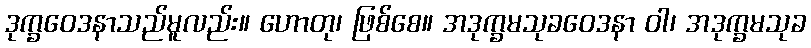
ဒုက္ခဝေဒနာသည်မူလည်း။ ဟောတု၊ ဖြစ်စေ။ အဒုက္ခမသုခဝေဒနာ ဝါ၊ အဒုက္ခမသုခ